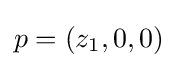
p=(z_{1},0,0)